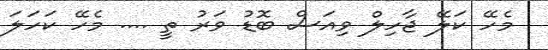
މެހޭ ކަލޭ ޖާހިލް ވިއަސް ބޮޑު ވަރު ތީ .... މެހޭ ކަހަލަ